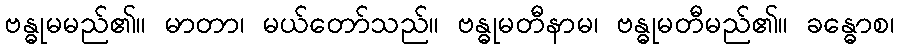
ဗန္ဓုမမည်၏။ မာတာ၊ မယ်တော်သည်။ ဗန္ဓုမတီနာမ၊ ဗန္ဓုမတီမည်၏။ ခန္ဓောစ၊